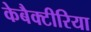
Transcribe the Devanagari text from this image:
केबैक्टीरिया